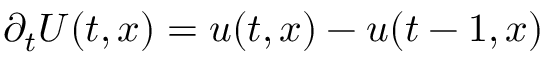
\partial _ { t } U ( t , x ) = u ( t , x ) - u ( t - 1 , x )